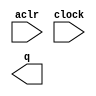
module dummy_cnt (
	aclr,
	clock,
	q);

	input	  aclr;
	input	  clock;
	output	[7:0]  q;

endmodule